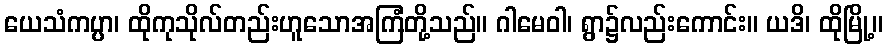
ယေသံကပ္ပာ၊ ထိုကုသိုလ်တည်းဟူသောအကြံတို့သည်။ ဂါမေဝါ၊ ရွာ၌လည်းကောင်း။ ယဒိ၊ ထိုမြို့။